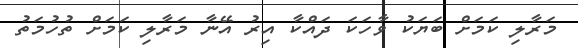
މަރާލި ކަމަށް ބަޔަކު ވާހަކަ ދައްކާ އިރު އޭނާ މަރާލި ކަމަށް ތުހުމަތު